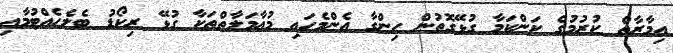
އިމާރާތް ކުރުމުގެ ކަންކަމާ ގުޅޭގޮތުން ހިންގާ އެންމެހައި މުޢާމަލާތްތަކާ ގުޅޭ ރިކޯޑު ބެލެހެއްޓުމާއި